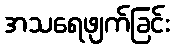
အသရေဖျက်ခြင်း